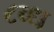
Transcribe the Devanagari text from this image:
८व्ध